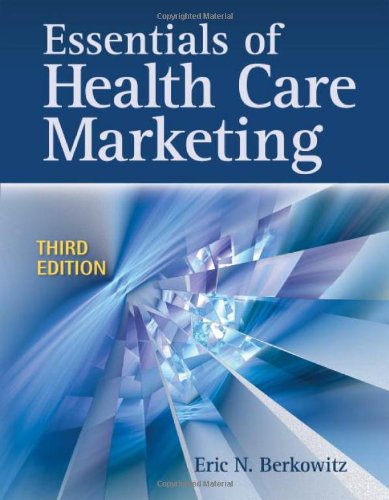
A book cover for Essentials Of Health Care Marketing; Eric N. Berkowitz; Medical Books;